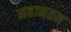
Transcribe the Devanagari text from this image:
महानतन